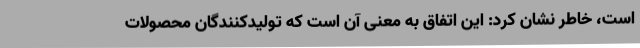
است، خاطر نشان کرد: این اتفاق به معنی آن است که تولیدکنندگان محصولات